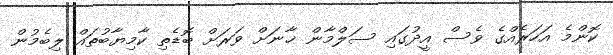
ކޮންމެ އަހަރެއްގެ ވެސް އީދުގައި ސަލްމާން ޚާނަށް ވަރަށް ބޮޑެތި ކާމިޔާބުތައް ލިބެމުން